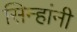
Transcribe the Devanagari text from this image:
सिन्हांनी